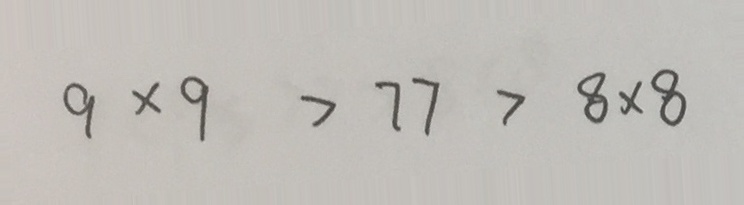
9 \times 9 > 7 7 > 8 \times 8